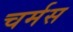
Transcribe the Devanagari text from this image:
चर्मस